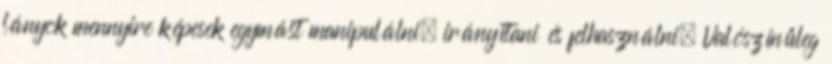
lányok mennyire képesek egymást manipulálni, irányítani és felhasználni. Valószínűleg